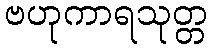
ဗဟုကာရသုတ္တ